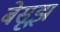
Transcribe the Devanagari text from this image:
बेसूझ